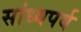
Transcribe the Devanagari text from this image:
सांध्यपर्व